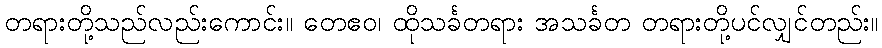
တရားတို့သည်လည်းကောင်း။ တေဧဝ၊ ထိုသင်္ခတရား အသင်္ခတ တရားတို့ပင်လျှင်တည်း။